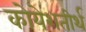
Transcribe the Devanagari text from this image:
कोयेशतीर्थ